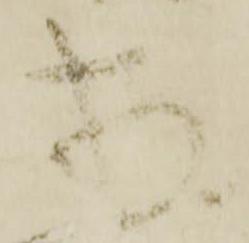
存